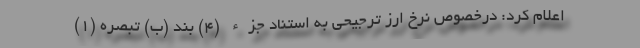
اعلام کرد: درخصوص نرخ ارز ترجیحی به استناد جزء (۴) بند (ب) تبصره (١)